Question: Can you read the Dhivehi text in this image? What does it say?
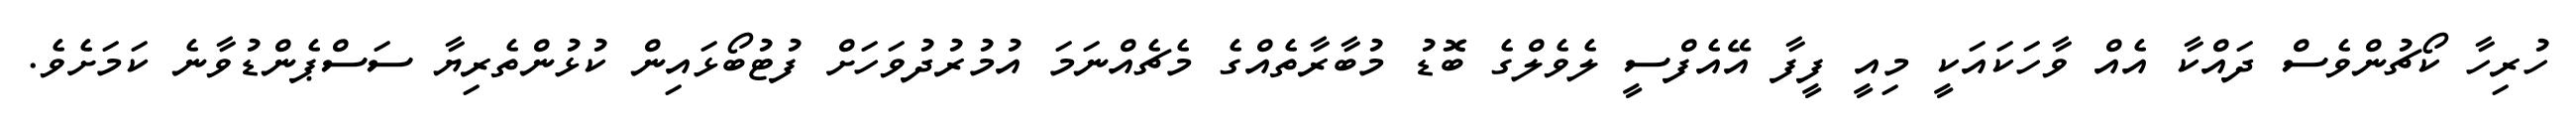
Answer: ހުރިހާ ކޯޗުންވެސް ދައްކާ އެއް ވާހަކައަކީ މިއީ ފީފާ އޭއެފްސީ ލެވެލްގެ ބޮޑު މުބާރާތެއްގެ މެޗެއްނަމަ އުމުރުދުވަހަށް ފުޓުބޯޅައިން ކުޅުންތެރިޔާ ސަސްޕެންޑުވާނެ ކަމަށެވެ.